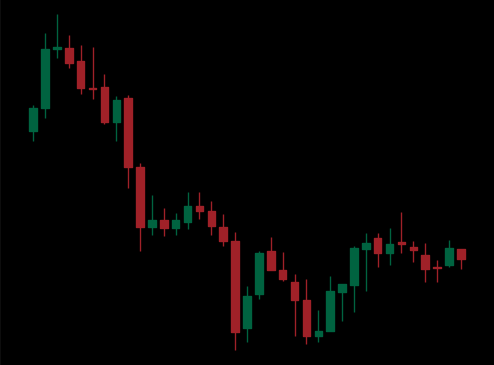
Pattern: bull_flag